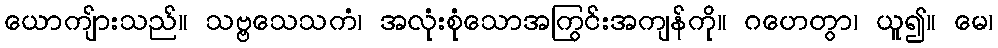
ယောကျ်ားသည်။ သဗ္ဗသေသကံ၊ အလုံးစုံသောအကြွင်းအကျန်ကို။ ဂဟေတွာ၊ ယူ၍။ မေ၊